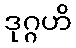
ဒုဂ္ဂဟိ